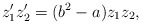
\begin{align*} z_1'z_2'=(b^2-a)z_1z_2,\end{align*}